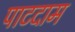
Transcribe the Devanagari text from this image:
पाटदाम